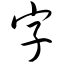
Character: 字